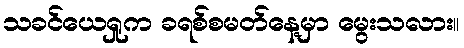
သခင်ယေရှုက ခရစ်စမတ်နေ့မှာ မွေးသလား။